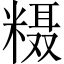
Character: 𱹔